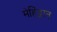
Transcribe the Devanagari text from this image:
मेहिंद्वान